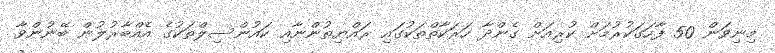
މިނިވަން 50 ފާހަގަކުރުމަށް ކުރިއަށް ގެންދާ ހަރަކާތްތަކުގައި ރައްޔިތުންނާއި ކައުންސިލްތަކުގެ އެއްބާރުލުން ބޭނުންވާ